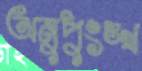
অনুপুংঙ্খ